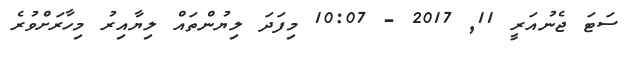
ސަޓަ ޖެނުއަރީ 11